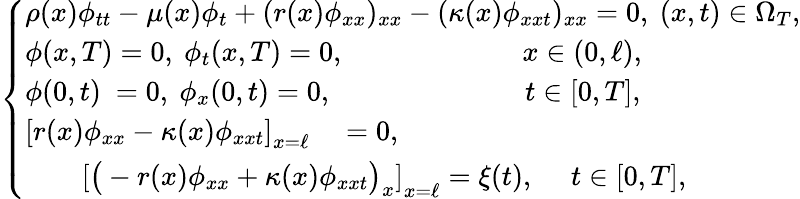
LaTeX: \begin{array}{r}{\left\{ \begin{array}{lc}{\rho(x)\phi_{tt}-\mu(x)\phi_{t}+(r(x)\phi_{xx})_{xx}-(\kappa(x)\phi_{xxt})_{xx}=0,~(x,t)\in\Omega_{T},}\\ {\phi(x,T)=0,~\phi_{t}(x,T)=0,~\qquad\qquad\quad\quad x\in(0,\ell),}\\ {\phi(0,t)\ =0,~\phi_{x}(0,t)=0,~\qquad\quad\quad\; \ \qquad t\in[0,T],}\\ {\left[r(x)\phi_{xx}-\kappa(x)\phi_{xxt}\right]_{x=\ell}\quad=0,}\\ {\qquad\left[\big(-r(x)\phi_{xx}+\kappa(x)\phi_{xxt}\big)_{x}\right]_{x=\ell}=\xi(t),~\quad t\in[0,T],}\end{array}\right.}\end{array}